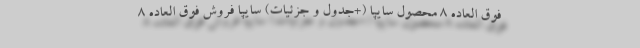
فوق العاده 8 محصول سایپا (+جدول و جزئیات) سایپا فروش فوق العاده 8